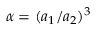
\alpha = ( a _ { 1 } / a _ { 2 } ) ^ { 3 }